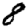
Digit: 8